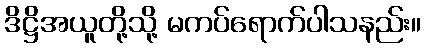
ဒိဋ္ဌိအယူတို့သို့ မကပ်ရောက်ပါသနည်း။